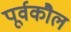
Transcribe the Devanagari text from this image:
पूर्वकौल